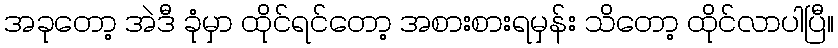
အခုတော့ အဲဒီ ခုံမှာ ထိုင်ရင်တော့ အစားစားရမှန်း သိတော့ ထိုင်လာပါပြီ။